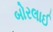
બોરલાઈ